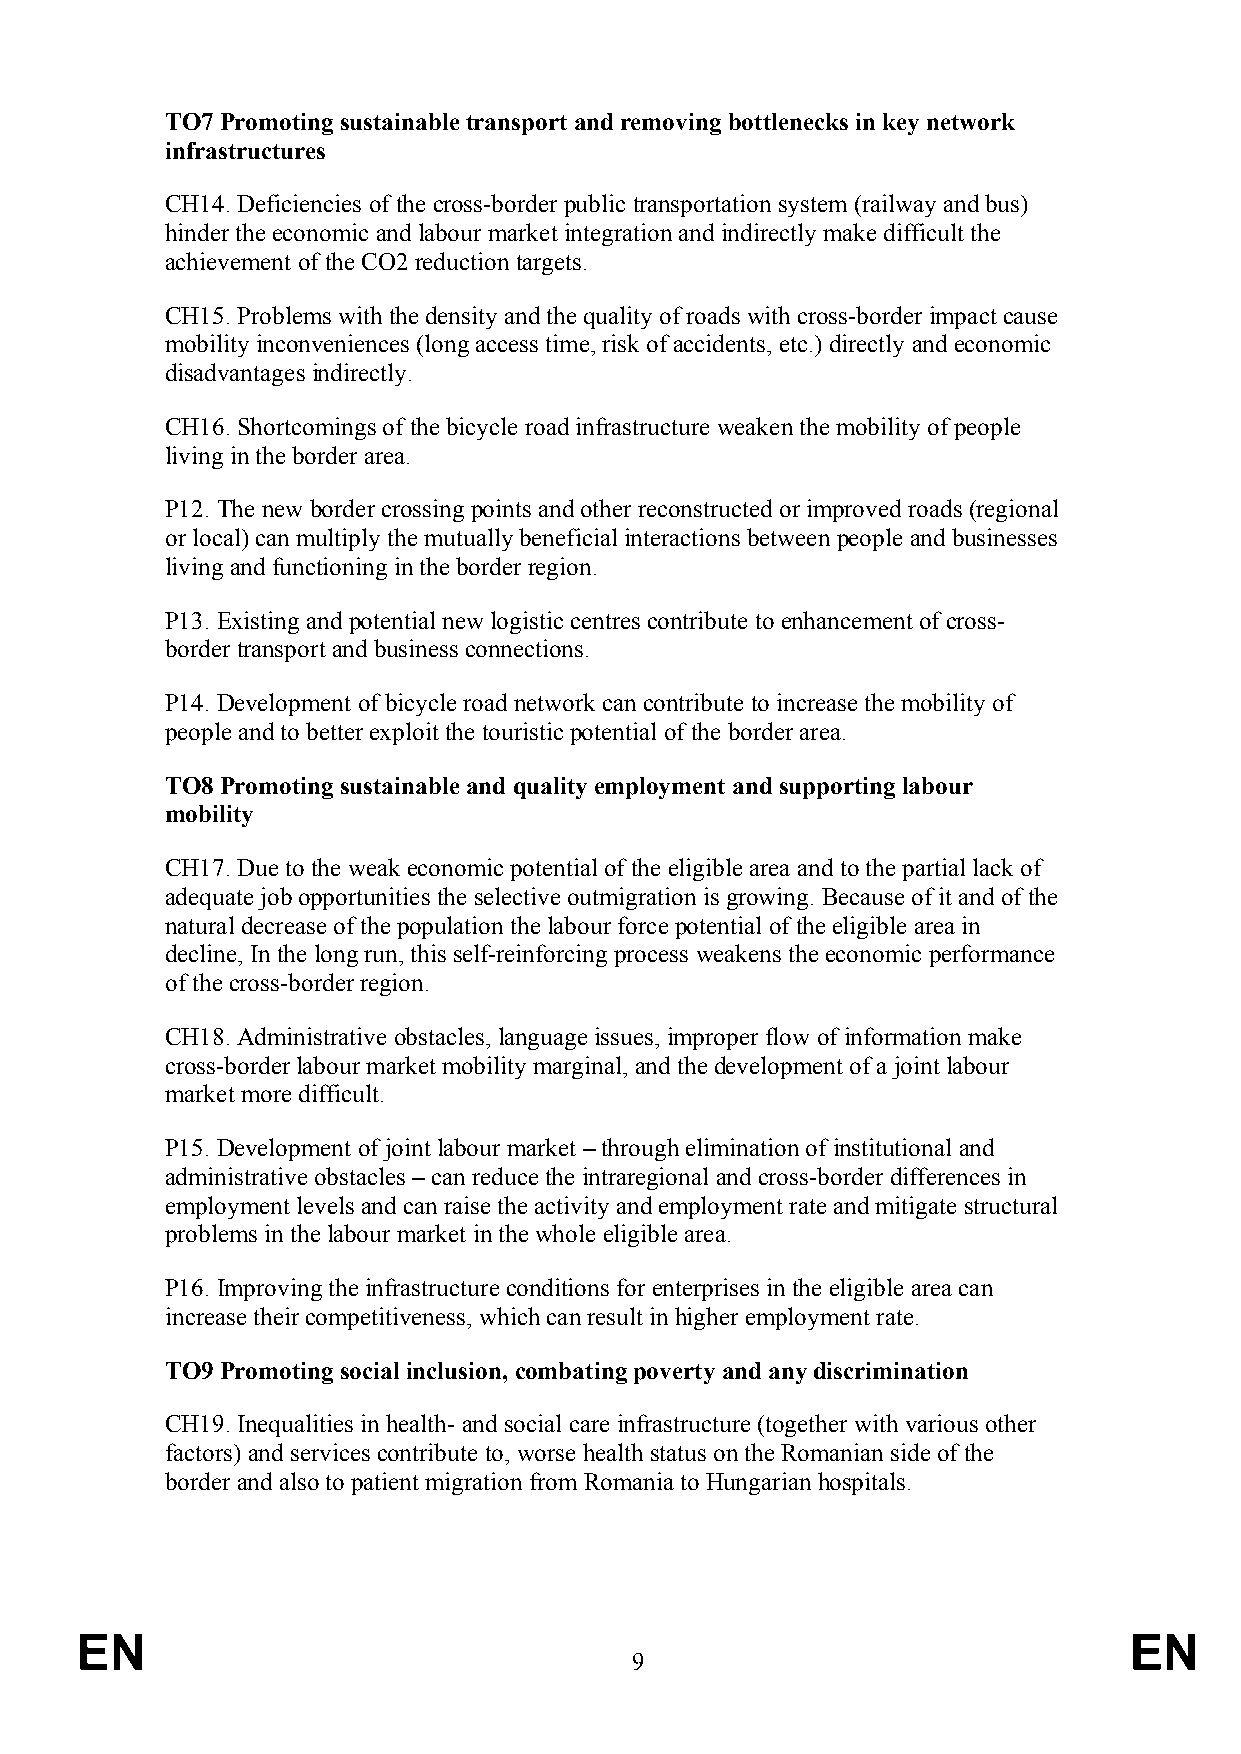
TO7 Promoting sustainable transport and removing bottlenecks in key network
 infrastructures
 CH14. Deficiencies of the cross-border public transportation system (railway and bus)
 hinder the economic and labour market integration and indirectly make difficult the
 achievement of the CO2 reduction targets.
 CH15. Problems with the density and the quality of roads with cross-border impact cause
 mobility inconveniences (long access time, risk of accidents, etc.) directly and economic
 disadvantages indirectly.
 CH16. Shortcomings of the bicycle road infrastructure weaken the mobility of people
 living in the border area.
 P12. The new border crossing points and other reconstructed or improved roads (regional
 or local) can multiply the mutually beneficial interactions between people and businesses
 living and functioning in the border region.
 P13. Existing and potential new logistic centres contribute to enhancement of cross-
 border transport and business connections.
 P14. Development of bicycle road network can contribute to increase the mobility of
 people and to better exploit the touristic potential of the border area.
 TO8 Promoting sustainable and quality employment and supporting labour
 mobility
 CH17. Due to the weak economic potential of the eligible area and to the partial lack of
 adequate job opportunities the selective outmigration is growing. Because of it and of the
 natural decrease of the population the labour force potential of the eligible area in
 decline, In the long run, this self-reinforcing process weakens the economic performance
 of the cross-border region.
 CH18. Administrative obstacles, language issues, improper flow of information make
 cross-border labour market mobility marginal, and the development of a joint labour
 market more difficult.
 P15. Development of joint labour market – through elimination of institutional and
 administrative obstacles – can reduce the intraregional and cross-border differences in
 employment levels and can raise the activity and employment rate and mitigate structural
 problems in the labour market in the whole eligible area.
 P16. Improving the infrastructure conditions for enterprises in the eligible area can
 increase their competitiveness, which can result in higher employment rate.
 TO9 Promoting social inclusion, combating poverty and any discrimination
 CH19. Inequalities in health- and social care infrastructure (together with various other
 factors) and services contribute to, worse health status on the Romanian side of the
 border and also to patient migration from Romania to Hungarian hospitals.
 EN                                                                    EN
 9